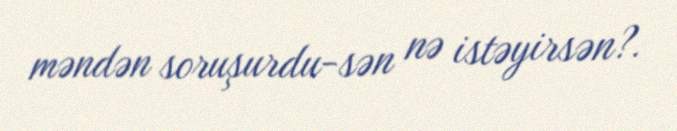
məndən soruşurdu-sən nə istəyirsən?.